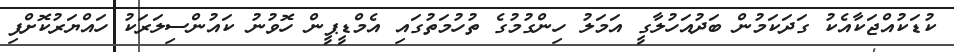
ކުޑަކުއްޖަކާއެކު ގަދަކަމުން ބަދުއަހުލާގީ އަމަލު ހިންގުމުގެ ތުހުމަތުގައި އެމްޑީޕީން ހޮވުނު ކައުންސިލަރަކު ހައްޔަރުކޮށްފި